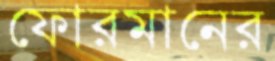
ফোরমানের